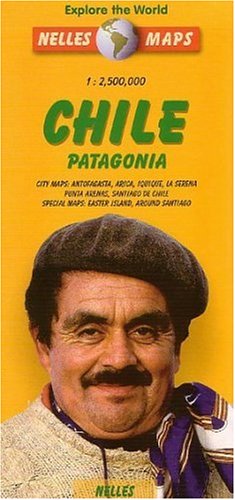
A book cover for Nelles Chile Travel Map with Patagonia (Nelles Map); Nelles Maps; Travel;